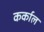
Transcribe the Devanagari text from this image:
कर्काल